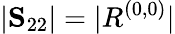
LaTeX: |\mathbf{S}_{22}|=|R^{(0,0)}|